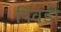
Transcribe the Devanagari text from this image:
पिवडी